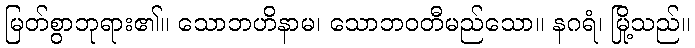
မြတ်စွာဘုရား၏။ သောဘဟိနာမ၊ သောဘဝတီမည်သော။ နဂရံ၊ မြို့သည်။